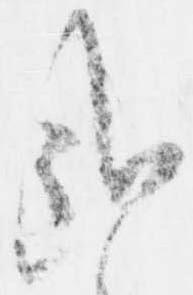
哉